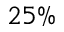
2 5 \%